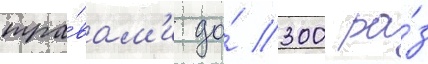
тра́вам'и до́ 300 ра́з